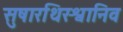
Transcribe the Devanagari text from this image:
सुषारथिरश्वानिव